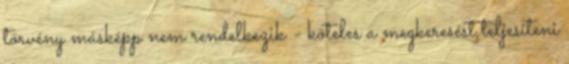
törvény másképp nem rendelkezik - köteles a megkeresést teljesíteni